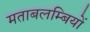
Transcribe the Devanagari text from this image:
मताबलम्बियों